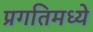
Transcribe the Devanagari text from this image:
प्रगतिमध्ये